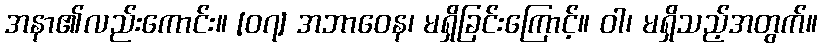
အနာ၏လည်းကောင်း။ [၀၇] အဘာဝေန၊ မရှိခြင်းကြောင့်။ ဝါ၊ မရှိသည့်အတွက်။